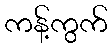
ကန့်ကွက်